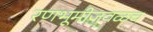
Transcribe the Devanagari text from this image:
रणभूमीजवळच